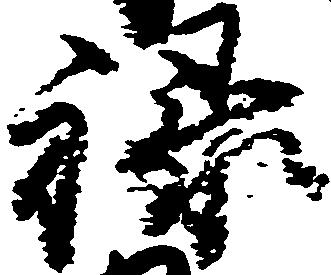
禄